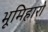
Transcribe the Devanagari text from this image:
भूमिहारो